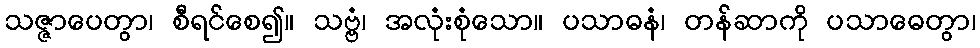
သဇ္ဇာပေတွာ၊ စီရင်စေ၍။ သဗ္ဗံ၊ အလုံးစုံသော။ ပသာဓနံ၊ တန်ဆာကို ပသာဓေတွာ၊